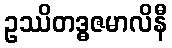
ဥဿိတဒ္ဓဇမာလိနီ